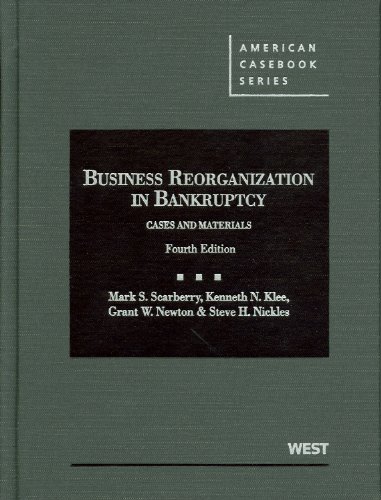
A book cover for Business Reorganization in Bankruptcy (American Casebook Series); Mark Scarberry; Law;